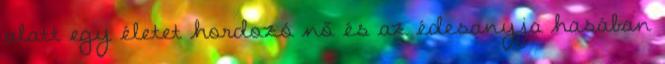
alatt egy életet hordozó nő és az édesanyja hasában